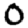
Digit: 0